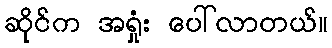
ဆိုင်က အရှုံး ပေါ်လာတယ်။